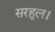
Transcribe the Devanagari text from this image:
सरहुल।